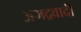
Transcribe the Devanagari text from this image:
अभद्रवादी